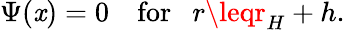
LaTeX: \Psi(\mathit{x})=0~~~~\mathrm{{for}}~~~r\leqr_{H}+h.